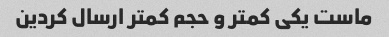
ماست یکی کمتر و حجم کمتر ارسال کردین